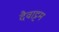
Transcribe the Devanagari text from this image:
दैवाट्टम